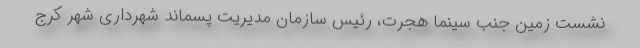
نشست زمین جنب سینما هجرت، رئیس سازمان مدیریت پسماند شهرداری شهر کرج